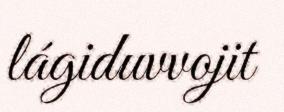
lágiduvvojit